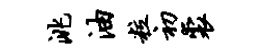
洮油粒初裘